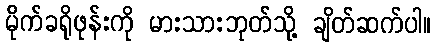
မိုက်ခရိုဖုန်းကို မားသားဘုတ်သို့ ချိတ်ဆက်ပါ။